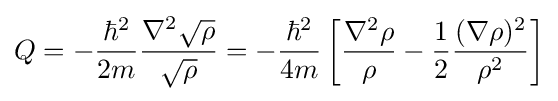
Q=-{\frac {\hbar ^{2}}{2m}}{\frac {\nabla ^{2}{\sqrt {\rho }}}{\sqrt {\rho }}}=-{\frac {\hbar ^{2}}{4m}}\left[{\frac {\nabla ^{2}\rho }{\rho }}-{\frac {1}{2}}{\frac {(\nabla \rho )^{2}}{\rho ^{2}}}\right]